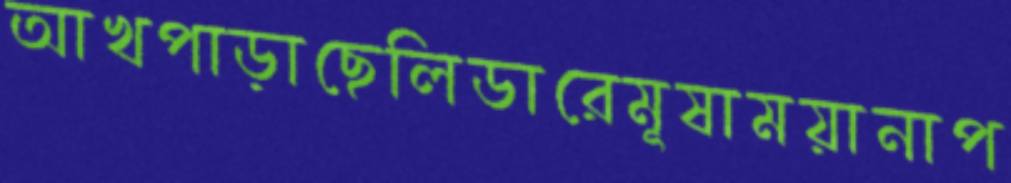
আখপাড়াছেলিডারেমূষাময়ানাপ